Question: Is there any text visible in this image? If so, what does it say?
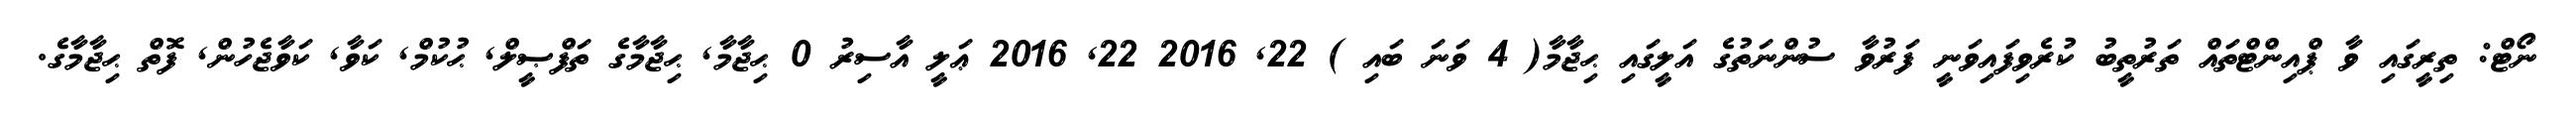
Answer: ނޯޓް: ތިރީގައި ވާ ޕްއިންޓްތައް ތަރުތީބު ކުރެވިފައިވަނީ ފަރުވާ ސުންނަތުގެ އަލީގައި ޙިޖާމާ( 4 ވަނަ ބައި ) 22, 2016 22, 2016 ޢަލީ އާސިރު 0 ޙިޖާމާ, ޙިޖާމާގެ ތަފްޞީލް, ޙުކުމް, ކަވާ, ކަވާޖެހުން, ފޮތް ޙިޖާމާގެ.